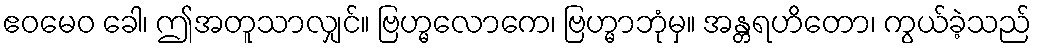
ဧဝမေဝ ခေါ၊ ဤအတူသာလျှင်။ ဗြဟ္မလောကေ၊ ဗြဟ္မာဘုံမှ။ အန္တရဟိတော၊ ကွယ်ခဲ့သည်